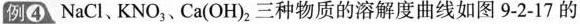
例4 NaCl、KNO_{3}、Ca(OH)_{2}三种物质的溶解度曲线如图9-2-17的